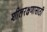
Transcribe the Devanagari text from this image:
शीलरक्षणासाठी